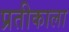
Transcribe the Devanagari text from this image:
प्रतीकाला